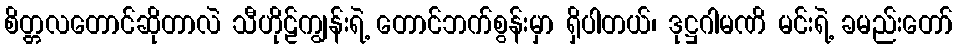
စိတ္တလတောင်ဆိုတာလဲ သီဟိုဠ်ကျွန်းရဲ့ တောင်ဘက်စွန်းမှာ ရှိပါတယ်၊ ဒုဋ္ဌဂါမဏိ မင်းရဲ့ ခမည်းတော်